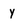
Character: y